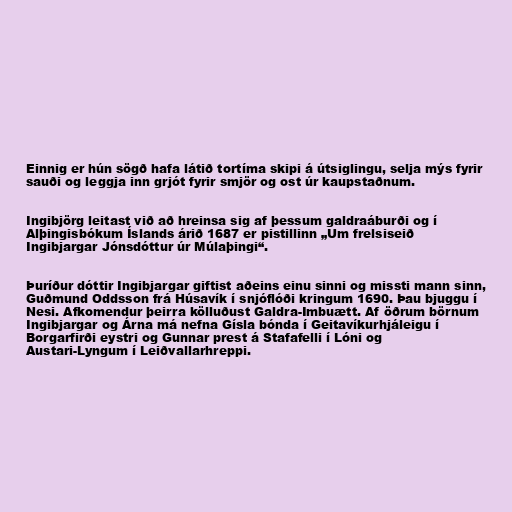
Einnig er hún sögð hafa látið tortíma skipi á útsiglingu, selja mýs fyrir
sauði og leggja inn grjót fyrir smjör og ost úr kaupstaðnum.

Ingibjörg leitast við að hreinsa sig af þessum galdraáburði og í
Alþingisbókum Íslands árið 1687 er pistillinn „Um frelsiseið
Ingibjargar Jónsdóttur úr Múlaþingi“.

Þuríður dóttir Ingibjargar giftist aðeins einu sinni og missti mann sinn,
Guðmund Oddsson frá Húsavík í snjóflóði kringum 1690. Þau bjuggu í
Nesi. Afkomendur þeirra kölluðust Galdra-Imbuætt. Af öðrum börnum
Ingibjargar og Árna má nefna Gísla bónda í Geitavíkurhjáleigu í
Borgarfirði eystri og Gunnar prest á Stafafelli í Lóni og
Austari-Lyngum í Leiðvallarhreppi.